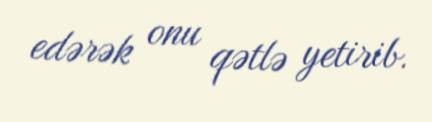
edərək onu qətlə yetirib.